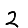
Digit: 2